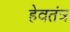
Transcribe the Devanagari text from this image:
हेवतंत्र